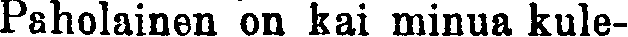
Paholainen on kai minua kule-